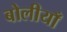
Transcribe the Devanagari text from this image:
बोलीयाँ